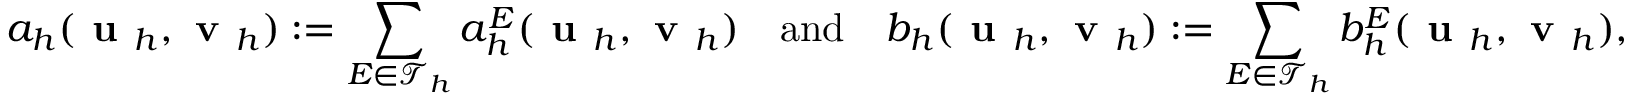
a _ { h } ( \textbf { u } _ { h } , \textbf { v } _ { h } ) : = \displaystyle { \sum _ { E \in \mathcal { T } _ { h } } a _ { h } ^ { E } ( \textbf { u } _ { h } , \textbf { v } _ { h } ) } \quad \mathrm { a n d } \quad b _ { h } ( \textbf { u } _ { h } , \textbf { v } _ { h } ) : = \displaystyle { \sum _ { E \in \mathcal { T } _ { h } } b _ { h } ^ { E } ( \textbf { u } _ { h } , \textbf { v } _ { h } ) } ,